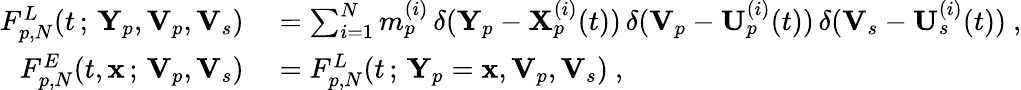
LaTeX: \begin{array}{rl}{F_{p,N}^{L}(t\, ;\, \mathbf{Y}_{p},\mathbf{V}_{p},\mathbf{V}_{s})}&{{}=\sum_{i=1}^{N}m_{p}^{(i)}\, \delta(\mathbf{Y}_{p}-\mathbf{X}_{p}^{(i)}(t))\, \delta(\mathbf{V}_{p}-\mathbf{U}_{p}^{(i)}(t))\, \delta(\mathbf{V}_{s}-\mathbf{U}_{s}^{(i)}(t))~,}\\ {F_{p,N}^{E}(t,\mathbf{x}\, ;\, \mathbf{V}_{p},\mathbf{V}_{s})}&{{}=F_{p,N}^{L}(t\, ;\, \mathbf{Y}_{p}=\mathbf{x},\mathbf{V}_{p},\mathbf{V}_{s})~,}\end{array}